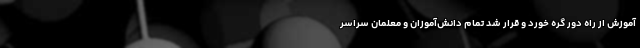
آموزش از راه دور گره خورد و قرار شد تمام دانش‌آموزان و معلمان سراسر